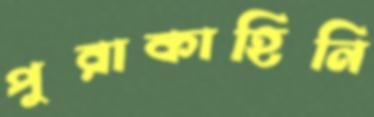
পুরাকাহিনি